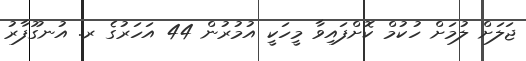
ޖަލަށް ލުމަށް ހުކުމް ކޮށްފައިވާ މީހަކީ އުމުރުން 44 އަހަރުގެ ރ. އުނގޫފާރު